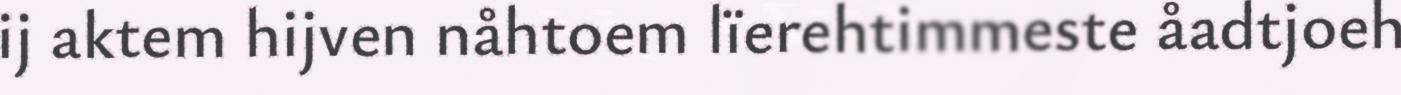
ij aktem hijven nåhtoem lïerehtimmeste åadtjoeh